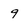
Character: 9